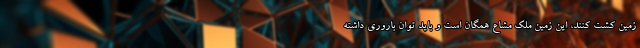
زمین کشت کنند، این زمین ملک مشاع همگان است و باید توان باروری داشته